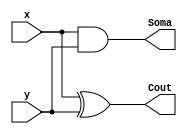
// -------------------------------
// Guia 04_02 - Soma Completa
// Nome: Ludmily Caldeira da Silva
// --------------------------------

// -------------------------------
// -- Soma Completa
// -------------------------------

module MS (Cout, Soma, x, y);

output Cout, Soma;
input x, y;

and AND1 (Soma, x, y);
xor XOR1 (Cout, x, y);

endmodule // MS

module SC (Cout1, Soma1, x1, y1, Cin);

output Cout1, Soma1;
input x1, y1, Cin;
wire t1, t2, t3;

MS MS1 (t1, t2, x1, y1);
MS MS2 (Soma1, t3, Cin, t1);
or Or1 (Cout1, t3, t2);

endmodule // SC

// ---------------------
// -- test Soma completa
// ---------------------

module TestSomaCompleta;

wire Cout2, Soma2;
reg a, b, Cin1;

// instancia
SC SC1 (Cout2, Soma2, a, b, Cin1);

// parte principal
 initial begin
      $display("\nguia04_02 - Ludmily Caldeira da Silva - 417290\n");
      $display("Test Soma completa\n");
      $display("\na  b  Cin  Cout  s\n");
      $monitor("%b  %b   %b    %b    %b", a, b, Cin1, Cout2, Soma2);
  
	     a=0; b=0; Cin1 =0;
    #1  a=0; b=0; Cin1 =1; 
    #1  a=0; b=1; Cin1 =0;
    #1  a=0; b=1; Cin1 =1; 
	 #1  a=1; b=0; Cin1 =0;
    #1  a=1; b=0; Cin1 =1; 
    #1  a=1; b=1; Cin1 =0;
    #1  a=1; b=1; Cin1 =1; 
	  
    end
 
endmodule // TestSomaCompleta 

/* Resultados obtidos

    guia04_02 - Ludmily Caldeira da Silva - 417290
    
    Test Soma completa
    
    
    a  b  Cin  Cout  s
    
    0  0   0    0    0
    0  0   1    0    1
    0  1   0    0    1
    0  1   1    1    0
    1  0   0    0    1
    1  0   1    1    0
    1  1   0    1    0
    1  1   1    1    1
    


*/